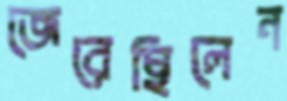
জেরেছিলেন